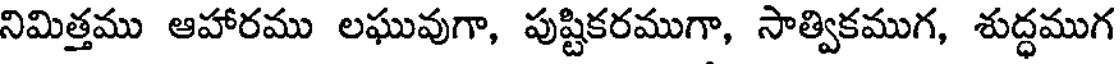
నిమిత్తము ఆహారము లఘువుగా, పుష్టికరముగా, సాత్వికముగ, శుద్ధముగ